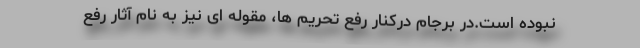
نبوده است.در برجام درکنار رفع تحریم ها، مقوله ای نیز به نام آثار رفع